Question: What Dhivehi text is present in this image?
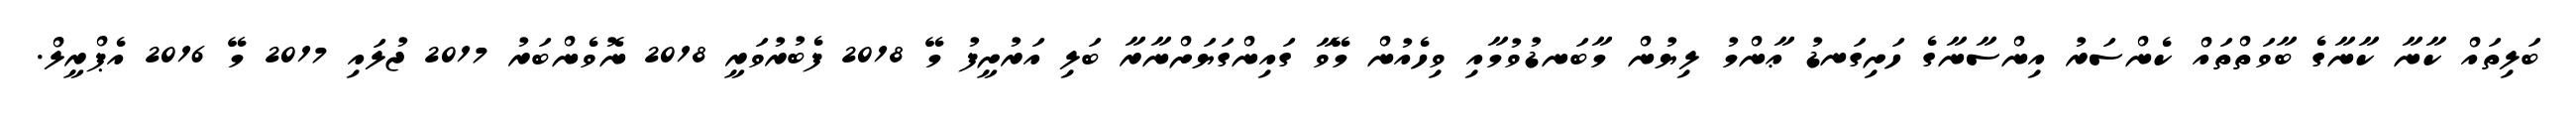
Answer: ބަލިތައް ކާނާ ކާނާގެ ބާވަތްތައް ކެންސަރު އިންސާނާގެ ހަށިގަނޑު ޢާންމު ލިޔުން މާބަނޑުވުމާއި ވިހެއުން މޭވާ ގައިންގަޔަށްނާރާ ބަލި އަރުށީފު މޭ 2018 ފެބުރުވަރީ 2018 ނޮވެންބަރު 2017 ޖުލައި 2017 މޭ 2016 އެޕްރީލް.